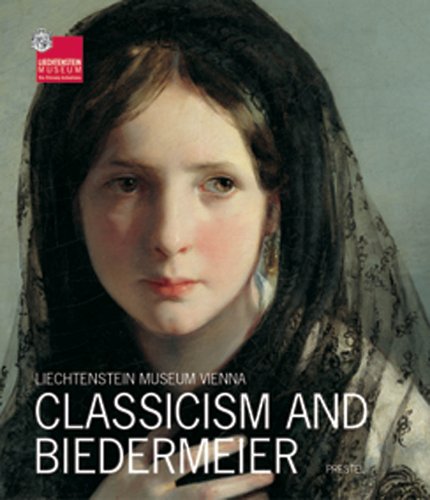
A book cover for Classicism and Biedermeier: Liechtenstein Museum Vienna (Liechtenstein Museum Vienna); Travel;